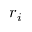
r _ { i }